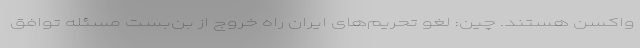
واکسن هستند. چین: لغو تحریم‌های ایران راه خروج از بن‌بست مسئله توافق